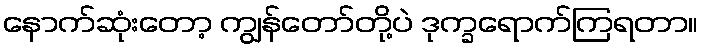
နောက်ဆုံးတော့ ကျွန်တော်တို့ပဲ ဒုက္ခရောက်ကြရတာ။